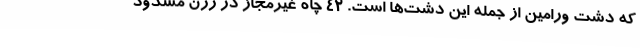
که دشت ورامین از جمله این دشت‌ها است. 42 چاه غیرمجاز در رزن مسدود